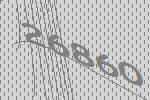
26860